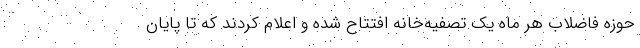
حوزه فاضلاب هر ماه یک تصفیه‌خانه افتتاح شده و اعلام کردند که تا پایان